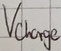
Text: Vcharge